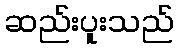
ဆည်းပူးသည်